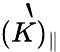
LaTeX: \grave{(K)_{\parallel}}